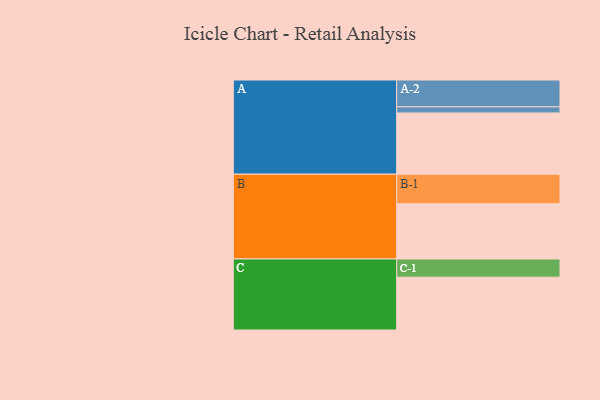
{"axis": {"x": "Segment", "y": "Value"}, "legend": ["", "A", "B", "C"], "data": [{"x": "A", "y": 518, "type": ""}, {"x": "B", "y": 467, "type": ""}, {"x": "C", "y": 447, "type": ""}, {"x": "A-1", "y": 52, "type": "A"}, {"x": "A-2", "y": 227, "type": "A"}, {"x": "B-1", "y": 250, "type": "B"}, {"x": "C-1", "y": 154, "type": "C"}]}